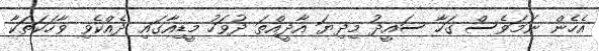
އެހެން ނަމަވެސް ގަހާ ސައީދު މިދިޔަ އާދީއްތަ ދުވަހު މީޑިއާގައި ދެއްކެވި ވާހަކަތަކާ